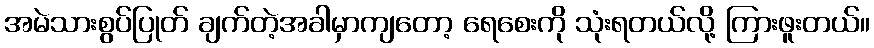
အမဲသားစွပ်ပြုတ် ချက်တဲ့အခါမှာကျတော့ ရေစေးကို သုံးရတယ်လို့ ကြားဖူးတယ်။